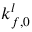
k _ { f , 0 } ^ { l }